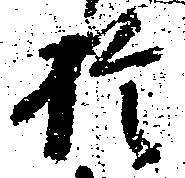
於